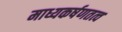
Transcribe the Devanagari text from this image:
माध्यकर्षणतत्व